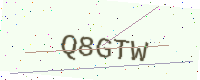
Text: Q8GTW